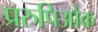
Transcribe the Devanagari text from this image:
प्ररुपिओक